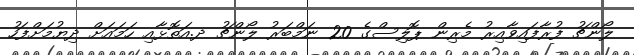
ލޯންޗު ފުރާފައިވާއިރު މެރިން ޕޮލިސްގެ 20 ނަމްބަރު ލޯންޗު ދ.އަތޮޅާއި ހަމައަށް ދިޔުމަށްފަހު